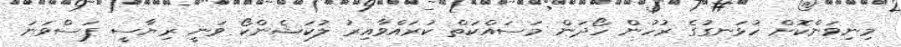
މިނިވަންކޮށް ހުޅަނގުގެ ރުހުން ހޯދަން މަސައްކަތް ކުރައްވާއިރު ލުކަޝެންކޯ ވަނީ ރިޔާސީ ފަސްވަނަ